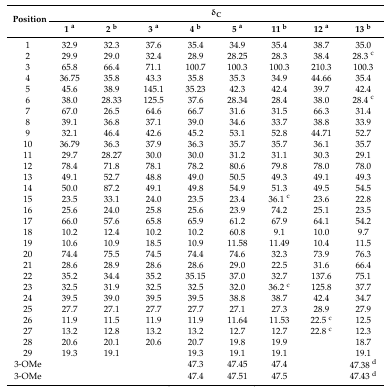
<table><thead><tr><td rowspan="2"><b>Position</b></td><td colspan="8"><b>δ<sub>C</sub></b></td></tr><tr><td><b>1 <sup>a</sup></b></td><td><b>2 <sup>b</sup></b></td><td><b>3 <sup>a</sup></b></td><td><b>4 <sup>b</sup></b></td><td><b>5 <sup>a</sup></b></td><td><b>11 <sup>b</sup></b></td><td><b>12 <sup>a</sup></b></td><td><b>13 <sup>b</sup></b></td></tr></thead><tbody><tr><td>1</td><td>32.9</td><td>32.3</td><td>37.6</td><td>35.4</td><td>34.9</td><td>35.4</td><td>38.7</td><td>35.0</td></tr><tr><td>2</td><td>29.9</td><td>29.0</td><td>32.4</td><td>28.9</td><td>28.25</td><td>28.3</td><td>38.4</td><td>28.3 <sup>c</sup></td></tr><tr><td>3</td><td>65.8</td><td>66.4</td><td>71.1</td><td>100.7</td><td>100.3</td><td>100.3</td><td>210.3</td><td>100.3</td></tr><tr><td>4</td><td>36.75</td><td>35.8</td><td>43.3</td><td>35.8</td><td>35.3</td><td>34.9</td><td>44.66</td><td>35.4</td></tr><tr><td>5</td><td>45.6</td><td>38.9</td><td>145.1</td><td>35.23</td><td>42.3</td><td>42.4</td><td>39.7</td><td>42.4</td></tr><tr><td>6</td><td>38.0</td><td>28.33</td><td>125.5</td><td>37.6</td><td>28.34</td><td>28.4</td><td>38.0</td><td>28.4 <sup>c</sup></td></tr><tr><td>7</td><td>67.0</td><td>26.5</td><td>64.6</td><td>66.7</td><td>31.6</td><td>31.5</td><td>66.3</td><td>31.4</td></tr><tr><td>8</td><td>39.1</td><td>36.8</td><td>37.1</td><td>39.0</td><td>34.6</td><td>33.7</td><td>38.8</td><td>33.9</td></tr><tr><td>9</td><td>32.1</td><td>46.4</td><td>42.6</td><td>45.2</td><td>53.1</td><td>52.8</td><td>44.71</td><td>52.7</td></tr><tr><td>10</td><td>36.79</td><td>36.3</td><td>37.9</td><td>36.3</td><td>35.7</td><td>35.7</td><td>36.1</td><td>35.7</td></tr><tr><td>11</td><td>29.7</td><td>28.27</td><td>30.0</td><td>30.0</td><td>31.2</td><td>31.1</td><td>30.3</td><td>29.1</td></tr><tr><td>12</td><td>78.4</td><td>71.8</td><td>78.1</td><td>78.2</td><td>80.6</td><td>79.8</td><td>78.0</td><td>78.0</td></tr><tr><td>13</td><td>49.1</td><td>52.7</td><td>48.8</td><td>49.0</td><td>50.5</td><td>49.3</td><td>49.1</td><td>49.3</td></tr><tr><td>14</td><td>50.0</td><td>87.2</td><td>49.1</td><td>49.8</td><td>54.9</td><td>51.3</td><td>49.5</td><td>54.5</td></tr><tr><td>15</td><td>23.5</td><td>33.1</td><td>24.0</td><td>23.5</td><td>23.4</td><td>36.1 <sup>c</sup></td><td>23.6</td><td>22.8</td></tr><tr><td>16</td><td>25.6</td><td>24.0</td><td>25.8</td><td>25.6</td><td>23.9</td><td>74.2</td><td>25.1</td><td>23.5</td></tr><tr><td>17</td><td>66.0</td><td>57.6</td><td>65.8</td><td>65.9</td><td>61.2</td><td>67.9</td><td>64.1</td><td>54.2</td></tr><tr><td>18</td><td>10.2</td><td>12.4</td><td>10.2</td><td>10.2</td><td>60.8</td><td>9.1</td><td>10.0</td><td>9.7</td></tr><tr><td>19</td><td>10.6</td><td>10.9</td><td>18.5</td><td>10.9</td><td>11.58</td><td>11.49</td><td>10.4</td><td>11.5</td></tr><tr><td>20</td><td>74.4</td><td>75.5</td><td>74.5</td><td>74.4</td><td>74.6</td><td>32.3</td><td>73.9</td><td>76.3</td></tr><tr><td>21</td><td>28.6</td><td>28.9</td><td>28.6</td><td>28.6</td><td>29.0</td><td>22.5</td><td>31.6</td><td>66.4</td></tr><tr><td>22</td><td>35.2</td><td>34.4</td><td>35.2</td><td>35.15</td><td>37.0</td><td>32.7</td><td>137.6</td><td>75.1</td></tr><tr><td>23</td><td>32.5</td><td>31.9</td><td>32.5</td><td>32.5</td><td>32.0</td><td>36.2 <sup>c</sup></td><td>125.8</td><td>37.7</td></tr><tr><td>24</td><td>39.5</td><td>39.0</td><td>39.5</td><td>39.5</td><td>38.8</td><td>38.7</td><td>42.4</td><td>34.7</td></tr><tr><td>25</td><td>27.7</td><td>27.1</td><td>27.7</td><td>27.7</td><td>27.1</td><td>27.3</td><td>28.9</td><td>27.9</td></tr><tr><td>26</td><td>11.9</td><td>11.5</td><td>11.9</td><td>11.9</td><td>11.64</td><td>11.53</td><td>22.5 <sup>c</sup></td><td>12.5</td></tr><tr><td>27</td><td>13.2</td><td>12.8</td><td>13.2</td><td>13.2</td><td>12.7</td><td>12.7</td><td>22.8 <sup>c</sup></td><td>12.3</td></tr><tr><td>28</td><td>20.6</td><td>20.1</td><td>20.6</td><td>20.7</td><td>19.8</td><td>19.9</td><td></td><td>18.7</td></tr><tr><td>29</td><td>19.3</td><td>19.1</td><td></td><td>19.3</td><td>19.1</td><td>19.1</td><td></td><td>19.1</td></tr><tr><td>3-OMe</td><td></td><td></td><td></td><td>47.3</td><td>47.45</td><td>47.4</td><td></td><td>47.38 <sup>d</sup></td></tr><tr><td>3-OMe</td><td></td><td></td><td></td><td>47.4</td><td>47.51</td><td>47.5</td><td></td><td>47.43 <sup>d</sup></td></tr></tbody></table>